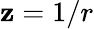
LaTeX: \mathbf{z}=1/r